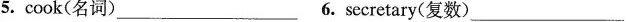
5. cook(名词)___6.Secretary(复数)___